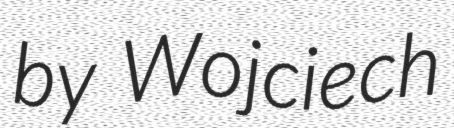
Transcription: by Wojciech